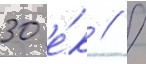
30 е́к // /